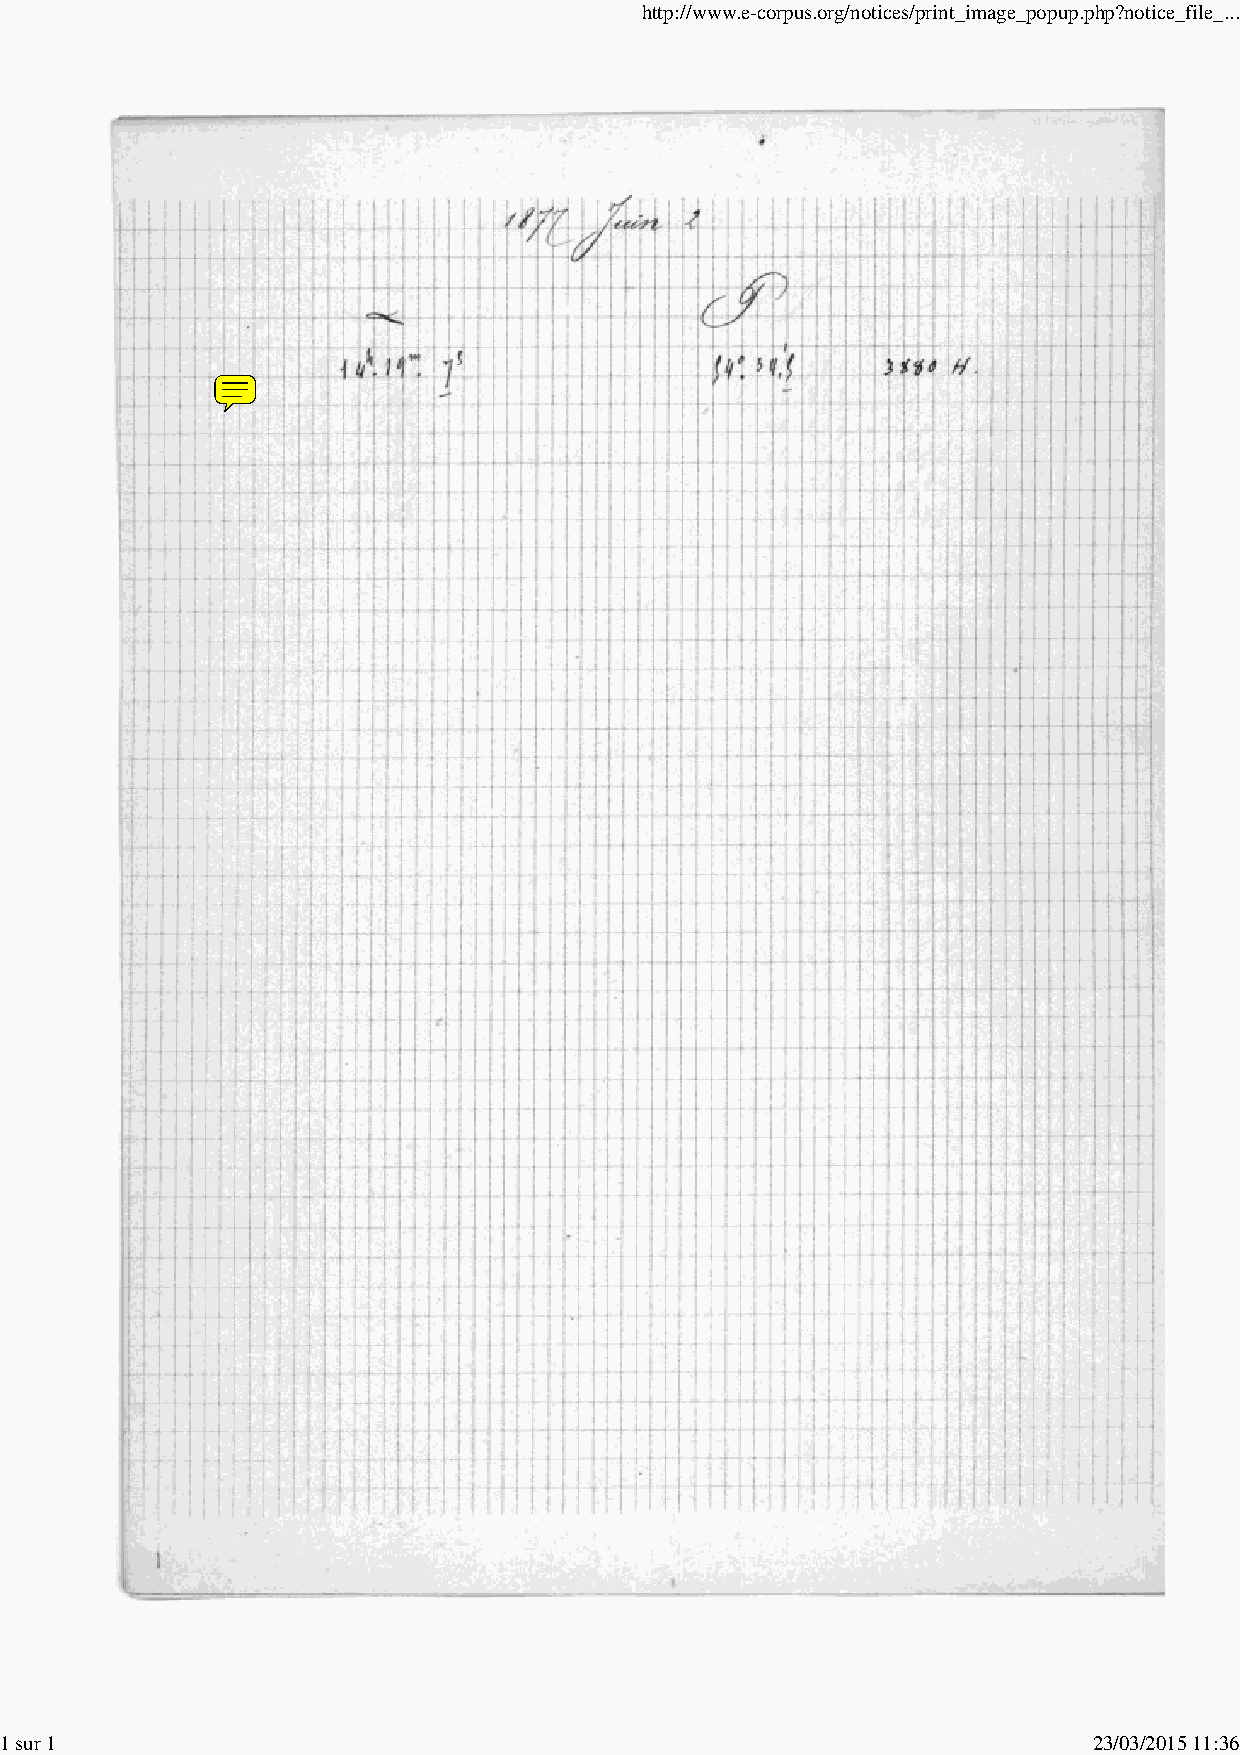
http://www.e-corpus.org/notices/print_image_popup.php?notice_file_...
 1 sur 1                                                                 23/03/2015 11:36